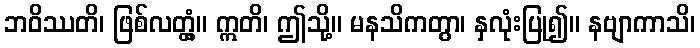
ဘဝိဿတိ၊ ဖြစ်လတ္တံ့။ ဣတိ၊ ဤသို့။ မနသိကတွာ၊ နှလုံးပြု၍။ နဗျာကာသိ၊